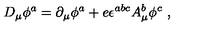
D _ { \mu } \phi ^ { a } = \partial _ { \mu } \phi ^ { a } + e \epsilon ^ { a b c } A _ { \mu } ^ { b } \phi ^ { c } \ ,